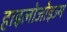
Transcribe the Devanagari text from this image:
हाइलोजोइज्म